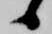
候